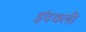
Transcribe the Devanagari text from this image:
इंदवली